V__Kingissepa_nim__kolhoos, lk 37
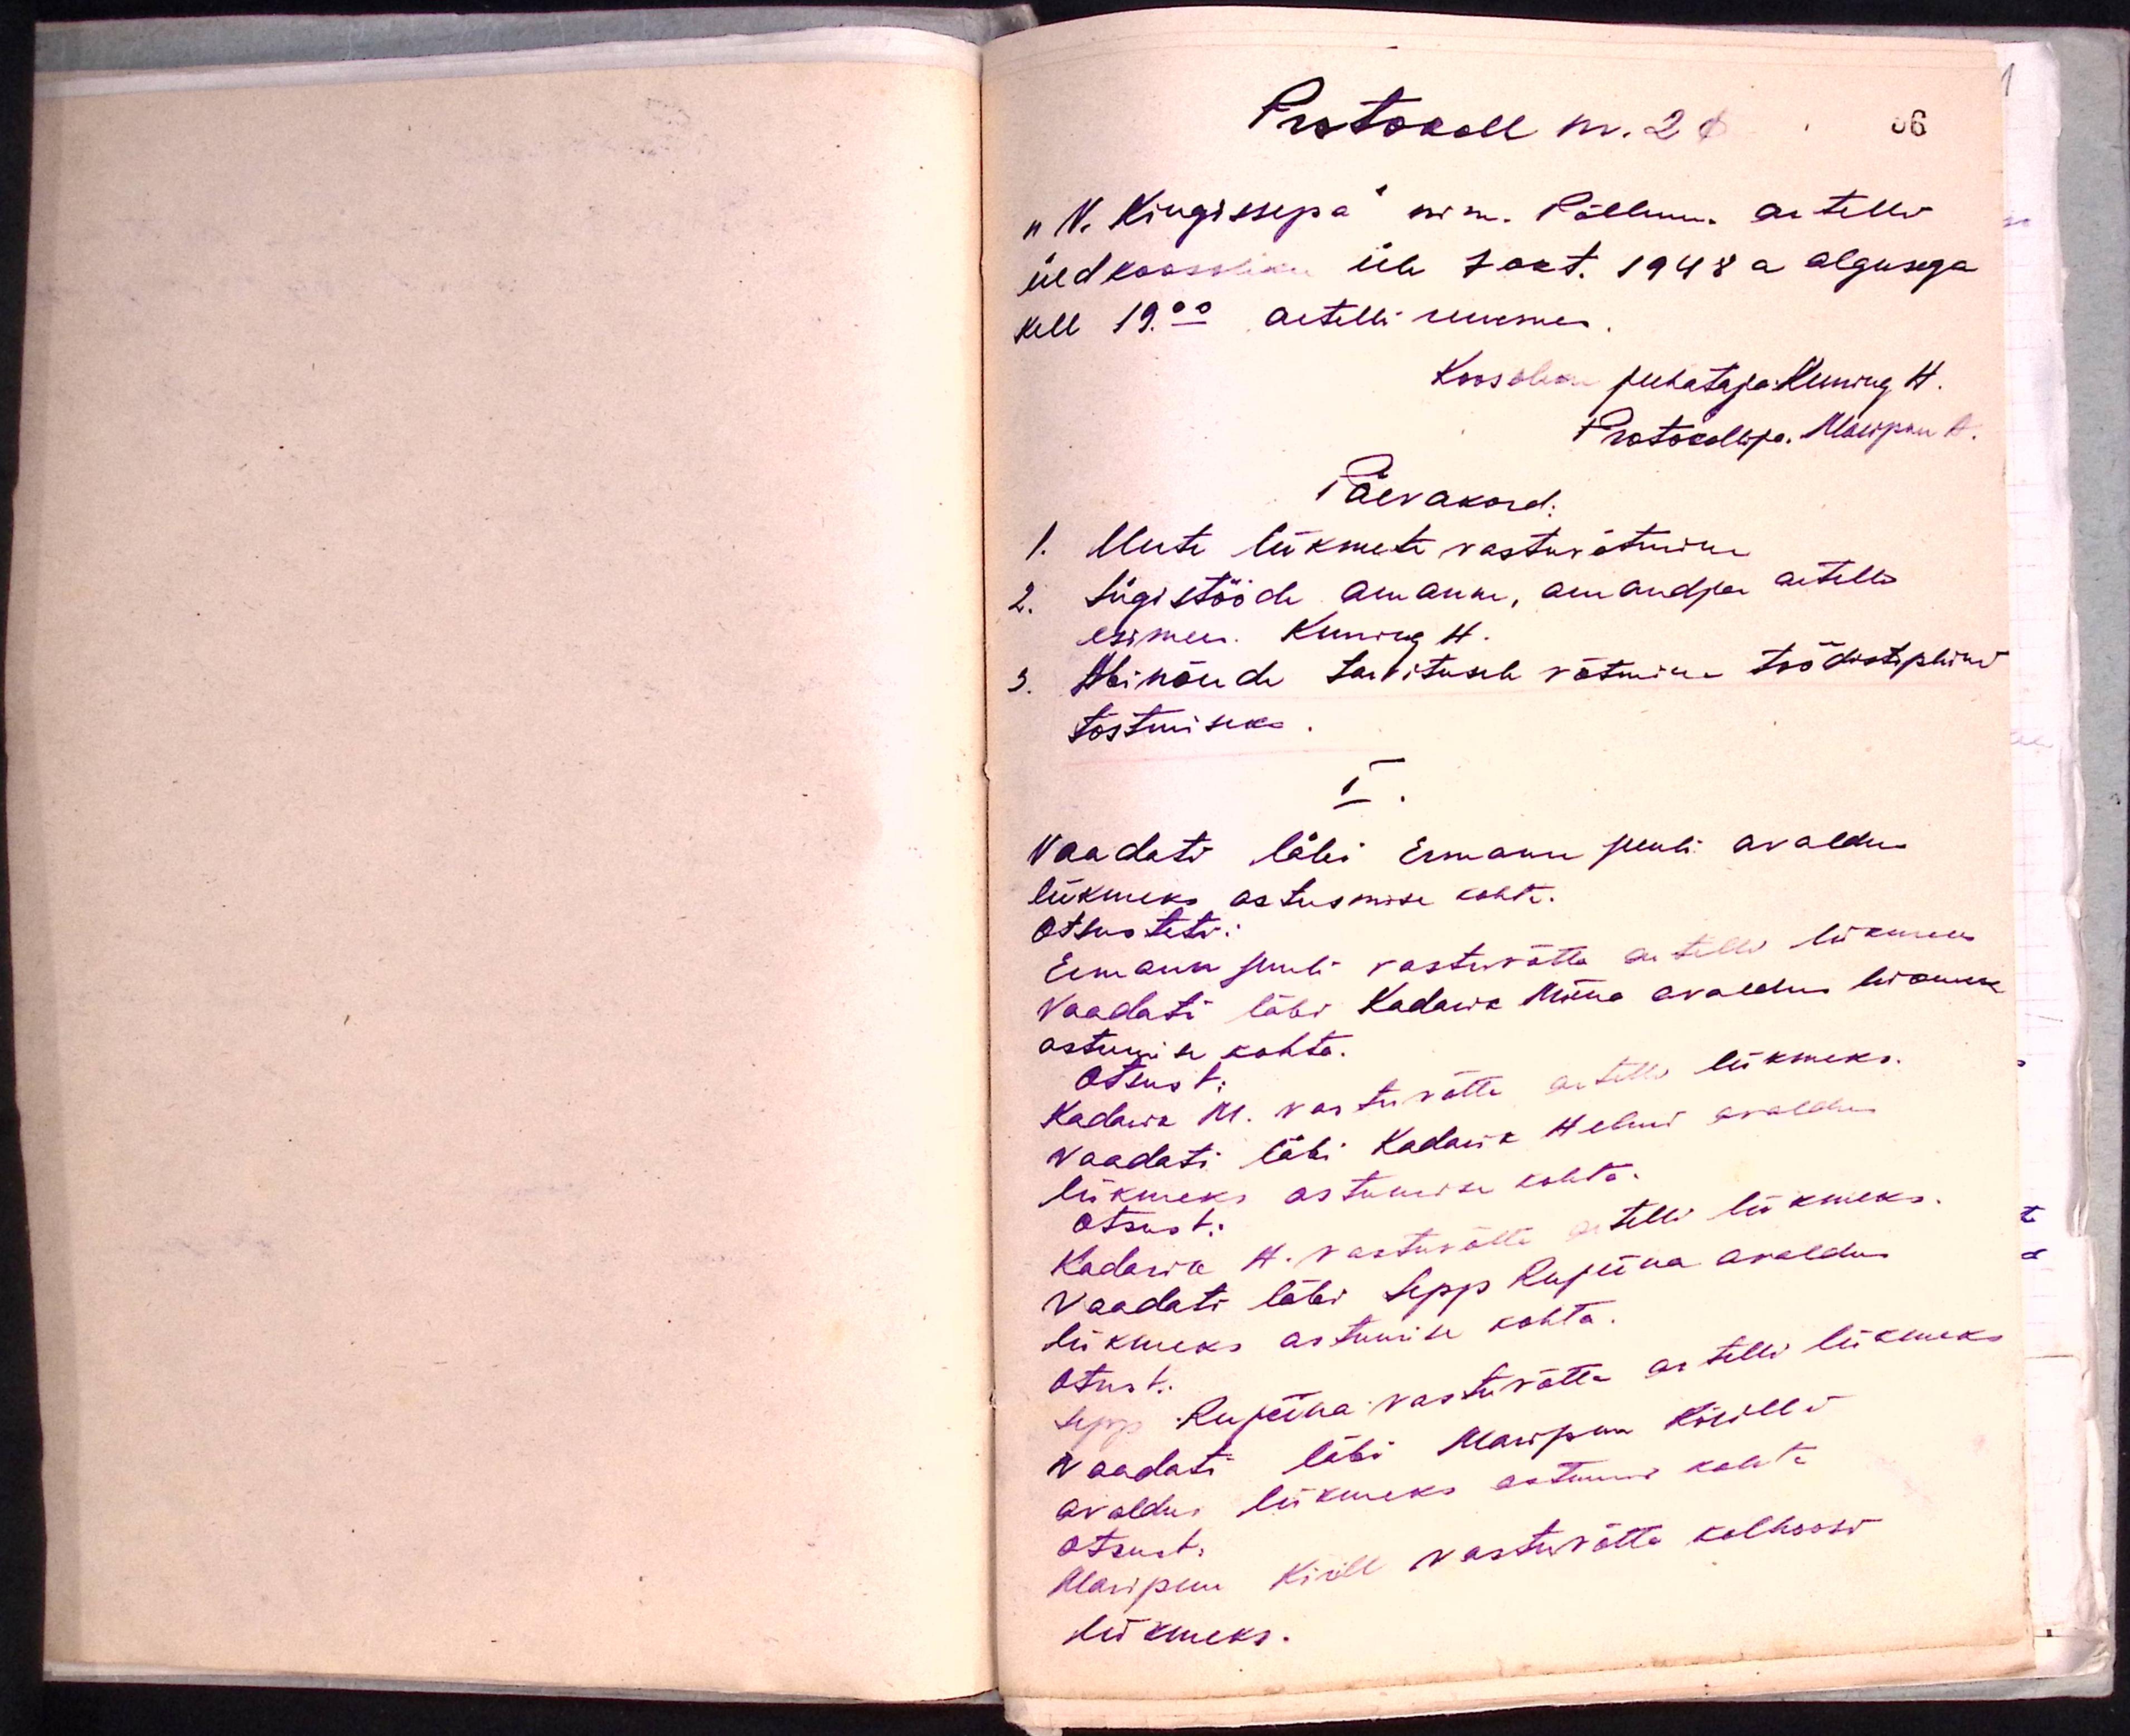
Protokoll nr. 21
"V. Kingissepa" nim. Põllum. artelli
üldkoosoleku üle 7 okt. 1948 a algusega
kell 19.00 artelli ruumes
Koosoleku puhataja Kuining H.
Protokollija, Maripuu A.
Päevakord.
1. Uute liikmete vastuvõtmine
2. Sügistööde aruanne, aruandja artellis
esimees. Kuning H.
3. Abinõude tarvitusele võtmine töödistipliini
tõstmiseks
I
Vaadati läbi Ermann Juuli avaldus
liikmeks astusmise kohta.
Otsusteti:
Ermann Juuli vastuvõtta artelli liikmeks
Vaadati läbi Kadarik Miina avaldus liikmeks
astumise kohta.
Otsust:
Kadarik M. vastuvõtta artelli liikmeks.
Vaadati läbi Kadarik Heleni avaldus
liikmeks astumise kohta.
Otsust:
Kadarik H. vastuvõtta artelli liikmeks.
Vaadati läbi Sepp Rupiina avaldus
liikmeks astumise kohta.
Otsust:
Sepp Rupiina vastuvõtta artelli liikmeks
Vaadati läbi Maripuu Kirilli
avaldus liikmeks astumise kohta.
otsust:
Maripuu Kirill vastuvõtta kolhoosi
liikmeks.